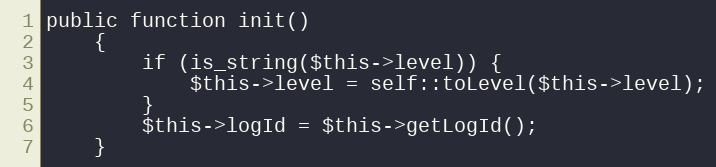
Language: PHP
public function init()
    {
        if (is_string($this->level)) {
            $this->level = self::toLevel($this->level);
        }
        $this->logId = $this->getLogId();
    }